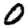
Digit: 0